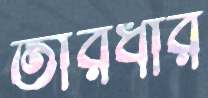
তীরধার